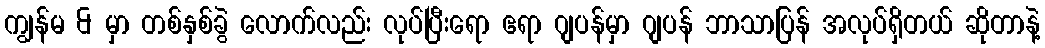
ကျွန်မ & မှာ တစ်နှစ်ခွဲ လောက်လည်း လုပ်ပြီးရော ဧရာ ဂျပန်မှာ ဂျပန် ဘာသာပြန် အလုပ်ရှိတယ် ဆိုတာနဲ့